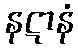
နဋာနံ